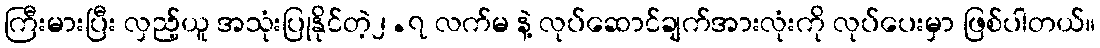
ကြီးမားပြီး လှည့်ယူ အသုံးပြုနိုင်တဲ့၂.၇ လက်မ နဲ့ လုပ်ဆောင်ချက်အားလုံးကို လုပ်ပေးမှာ ဖြစ်ပါတယ်။